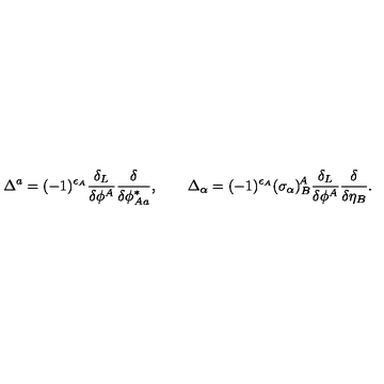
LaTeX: \Delta ^ { a } = ( - 1 ) ^ { \epsilon _ { A } } \frac { \delta _ { L } } { \delta \phi ^ { A } } \frac { \delta } { \delta \phi _ { A a } ^ { * } } , \qquad \Delta _ { \alpha } = ( - 1 ) ^ { \epsilon _ { A } } ( \sigma _ { \alpha } ) _ { B } ^ { \! A } \frac { \delta _ { L } } { \delta \phi ^ { A } } \frac { \delta } { \delta \eta _ { B } } .